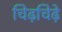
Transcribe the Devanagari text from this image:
चिढ़चिढ़े